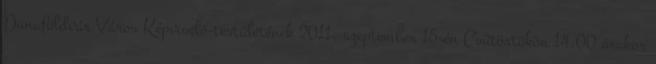
Dunaföldvár Város Képviselő-testületének 2011. szeptember 15-én Csütörtökön 14,00 órakor